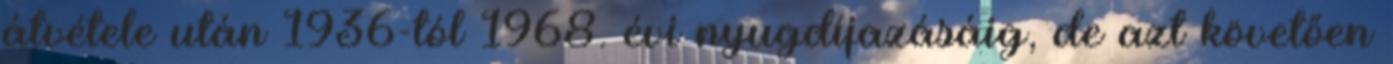
átvétele után 1936-tól 1968. évi nyugdíjazásáig, de azt követően